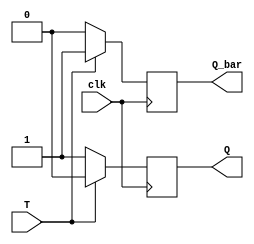
module t_ff(
    input clk,
    input T,
    output reg Q,
    output reg Q_bar
);

always @(posedge clk) begin
    if(T == 0) begin
        Q <= 1;
        Q_bar <= 0;
    end
    else begin
        Q <= 0;
        Q_bar <= 1;
    end
end

endmodule